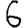
Digit: 6